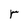
Character: r